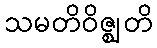
သမတိဝိဇ္ဈတိ